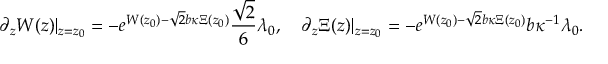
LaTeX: \partial _ { z } W ( z ) \vert _ { z = z _ { 0 } } = - e ^ { W ( z _ { 0 } ) - \sqrt { 2 } b \kappa \Xi ( z _ { 0 } ) } \frac { \sqrt { 2 } } { 6 } \lambda _ { 0 } , \quad \partial _ { z } \Xi ( z ) \vert _ { z = z _ { 0 } } = - e ^ { W ( z _ { 0 } ) - \sqrt { 2 } b \kappa \Xi ( z _ { 0 } ) } b \kappa ^ { - 1 } \lambda _ { 0 } .